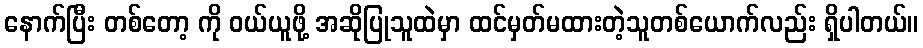
နောက်ပြီး တစ်တော့ ကို ဝယ်ယူဖို့ အဆိုပြုသူထဲမှာ ထင်မှတ်မထားတဲ့သူတစ်ယောက်လည်း ရှိပါတယ်။